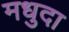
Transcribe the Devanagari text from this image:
मधुदा